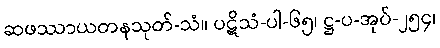
ဆဖဿာယတနသုတ်-သံ။ ပဋိသံ-ပါ-၆၅၊ ဋ္ဌ-ပ-အုပ်-၂၅၄၊